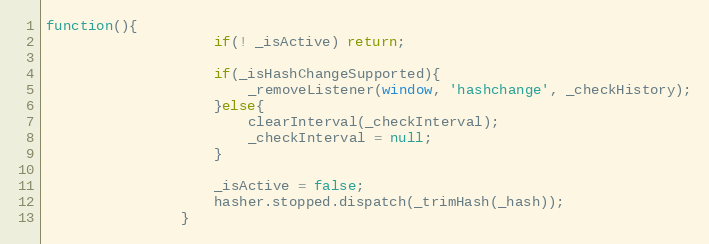
Language: JavaScript
function(){
					if(! _isActive) return;

					if(_isHashChangeSupported){
						_removeListener(window, 'hashchange', _checkHistory);
					}else{
						clearInterval(_checkInterval);
						_checkInterval = null;
					}

					_isActive = false;
					hasher.stopped.dispatch(_trimHash(_hash));
				}